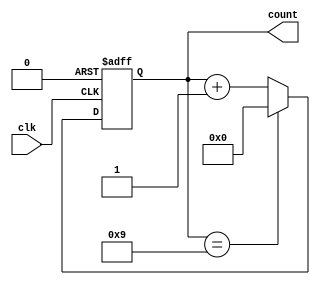
`timescale 1ns / 1ps
//////////////////////////////////////////////////////////////////////////////////
// Company: 
// Engineer: 
// 
// Design Name: 
// Module Name: bin_counter
// Project Name: 
// Target Devices: 
// Tool Versions: 
// Description: 
// 
// Dependencies: 
// 
// Revision:
// Revision 0.01 - File Created
// Additional Comments:
// 
//////////////////////////////////////////////////////////////////////////////////


module bin_counter #(parameter x = 4, n = 10)(input wire clk,  output reg [x-1:0]count);
wire reset = 1'b0;
wire en = 1'b1;
always @(posedge clk, posedge reset)
begin
 if (reset == 1)
 begin
 count <= 0;
 end
 
 else if(en == 1)
 begin
 if (count == n-1)
 count <= 0;
 else
 count <= count + 1;
 end
end
endmodule